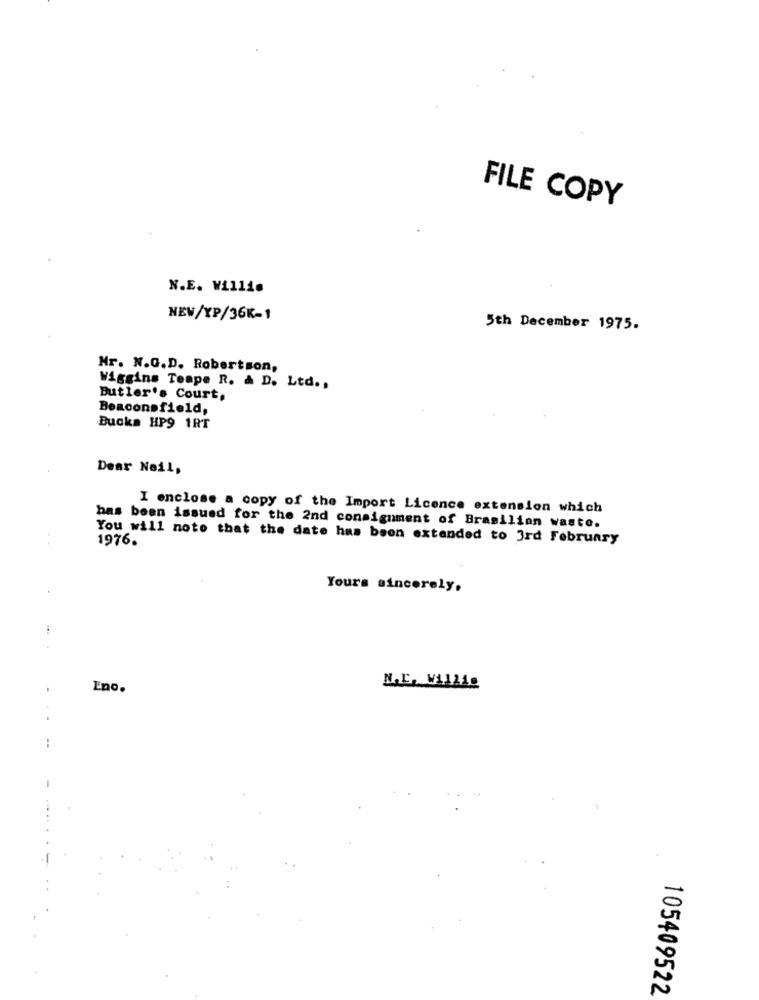
FILE COPY
N.E. Willis
NEW/YP/36K-1
5th December 1975.
Mr. N.G.D. Robertson,
Wiggins Teape R. & D. Ltd .,
Butler's Court,
Beaconsfield,
Bucks HP9 1RT
Dear Neil,
I enclose a copy of the Import Licence extension which
has been issued for the 2nd consignment of Brasilian waste.
You will note that the date has been extended to 3rd February
1976.
Yours sincerely,
Eno.
N.L. WALLAg
105409522